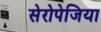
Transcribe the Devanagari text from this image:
सेरोपेजिया